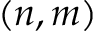
( n , m )